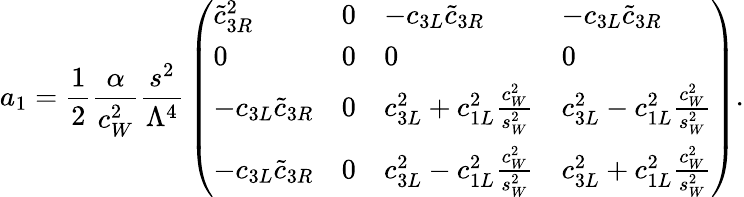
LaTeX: a_{1}={\frac{1}{2}}{\frac{\alpha}{c_{W}^{2}}}{\frac{s^{2}}{\Lambda^{4}}}\left(\begin{array}{llll}{{\tilde{c}_{3R}^{2}}}&{{0}}&{{-c_{3L}\tilde{c}_{3R}}}&{{-c_{3L}\tilde{c}_{3R}}}\\ {{0}}&{{0}}&{{0}}&{{0}}\\ {{-c_{3L}\tilde{c}_{3R}}}&{{0}}&{{c_{3L}^{2}+c_{1L}^{2}{\frac{c_{W}^{2}}{s_{W}^{2}}}}}&{{c_{3L}^{2}-c_{1L}^{2}{\frac{c_{W}^{2}}{s_{W}^{2}}}}}\\ {{-c_{3L}\tilde{c}_{3R}}}&{{0}}&{{c_{3L}^{2}-c_{1L}^{2}{\frac{c_{W}^{2}}{s_{W}^{2}}}}}&{{c_{3L}^{2}+c_{1L}^{2}{\frac{c_{W}^{2}}{s_{W}^{2}}}}}\end{array}\right).